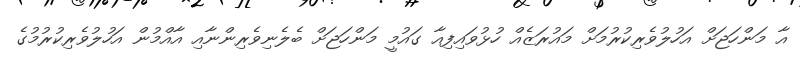
އާ މަންހަޖަށް އަހުލުވެރިކުރުމަށް މައުރަޒެއް ހުޅުވައިފިއާ ގައުމީ މަންހަޖަށް ބެލެނިވެރިންނާއި އާއްމުން އަހުލުވެރިކުރުމުގެ